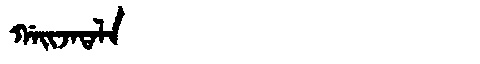
Manchu: ᡤᠠᡳᠵᠠᡨᠠᠯᠠ
Romanization: GAIJATALA